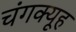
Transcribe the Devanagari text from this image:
चंगक्यूह